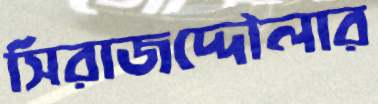
সিরাজদ্দৌলার